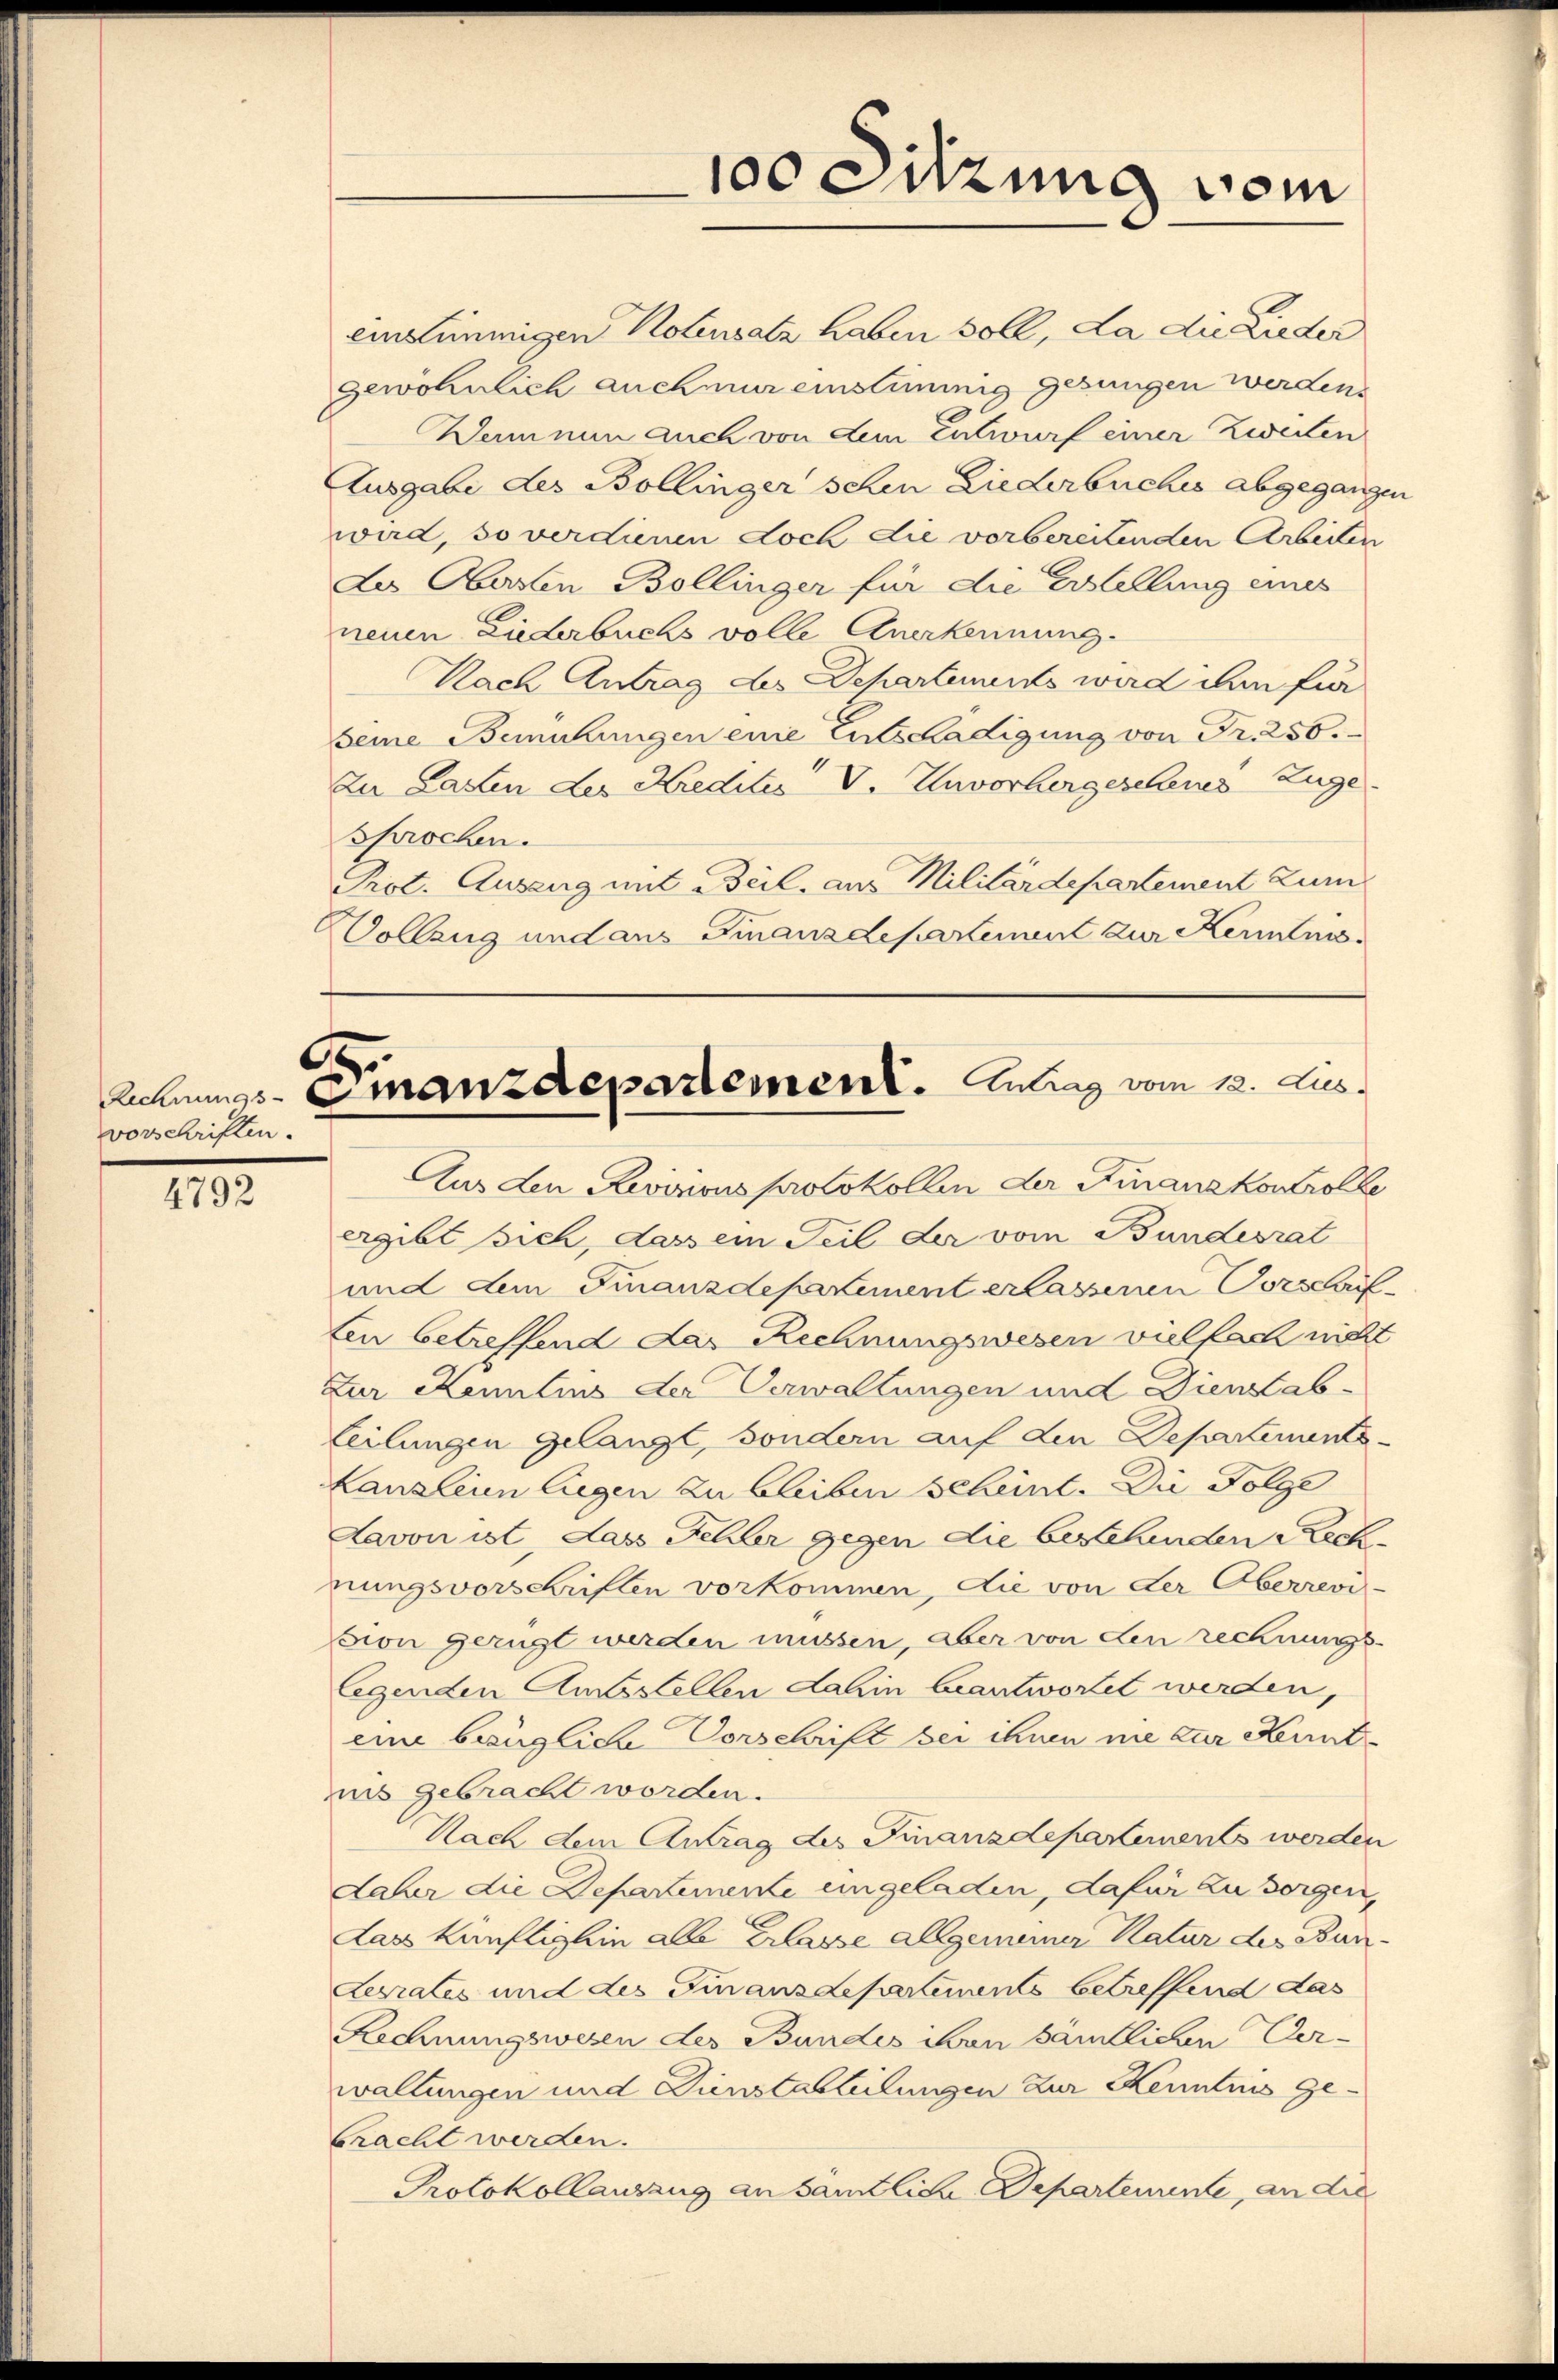
4792

vorschriften.

einstimmigen Kolensatz haben soll, La die Lieder
gewöhnlich auch nur einstimmig gesungen werden.
Damm nun auch von dem Entwurf einer Zweiten
Ausgabe des Bollinger sehen Liederbuches abgegangen
wird, so verdienen doch die vorbereitenden Arbeiten
des Obersten Bollinger für die Erstellung eines
A
neuen Liederbuchs volle Anerkennung.
Nach Antrag des Departemens wird ihm für
seine Bemühungen eine Entschädigung von Fr. 250.
Zu Lasten der Kredites V. Unvorhergesehenes Zuge
sprochen.
Prot. Auszug mit Beil, aus Militärdepartement zur
Vollzug und aus Finanzdepartement zur Kenntnis

Rechnungs-Finanzdepartement. Antrag vom 12. Aus¬

Aus den Revisions protokollen der Finanzkontrolle
ergibt sich, dass ein Teil der vom Bundesrat
und dem Finanzdepartement erlassenen Vorauf
ten betreffend das Rechnungswesen vielfach nicht
Zur Remmlins der Verwaltungen und Dienstab
teilungen gelangt, sondern auf den Departements
Lanzlein liegen zu bleiben scheint. Die Folge
Davon ist, dass Schler gegen die bestehenden Rechnungsvorschriften vorkommen, die von der Oberrevi-
sion gerügt werden müssen, aber von den rechnungs-
legenden Ausstellen dahin beantwortet werden,
eine bezügliche Vorschrift bei ihnen nie zur Kenntins gebracht worden.
Nach dem Antrag des Finanzdepartements werden
daher die Departemente eingeladen, dafür zu sorgen,
Lass künftighin alle Erlasse allgemeiner Natur des Bun-
Lesrates und des Finanzdepartements betreffend das
Rechnungswesen des Bundes ihren sämtlichen Ver-
waltungen und Dienstabteilungen zur Kenntnis gebracht werden.
Protokollauszug an sämtliche Departenunte, an die

100 Sitzung vom